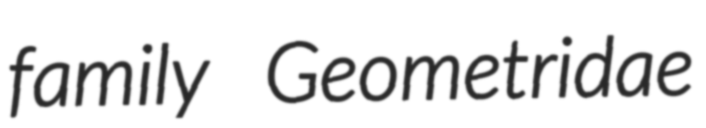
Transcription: family Geometridae